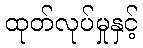
ထုတ်လုပ်မှုနှင့်